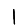
Digit: 1